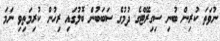
ނުވަތަ ކުރިން ބުނި ސިގިރޭޓްގެ ދުމުގެ ސަބަބުން ބޮލުގައި ރިހުން ކުރިމަތިވި ނަމަ